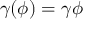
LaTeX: \gamma ( \phi ) = \gamma \phi